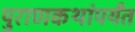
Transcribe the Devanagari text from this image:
पुराणकथांपर्यंत